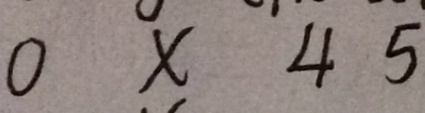
0 \times 4 5